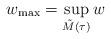
LaTeX: \begin{align*}w_{\max} = \sup_{\tilde{M}(\tau)} w\end{align*}